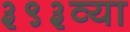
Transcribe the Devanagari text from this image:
३९३व्या